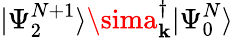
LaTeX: |\Psi_{2}^{N+1}\rangle\sima_{\mathbf{k}}^{\dagger}|\Psi_{0}^{N}\rangle